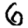
Digit: 6